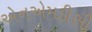
એનએમડીસી